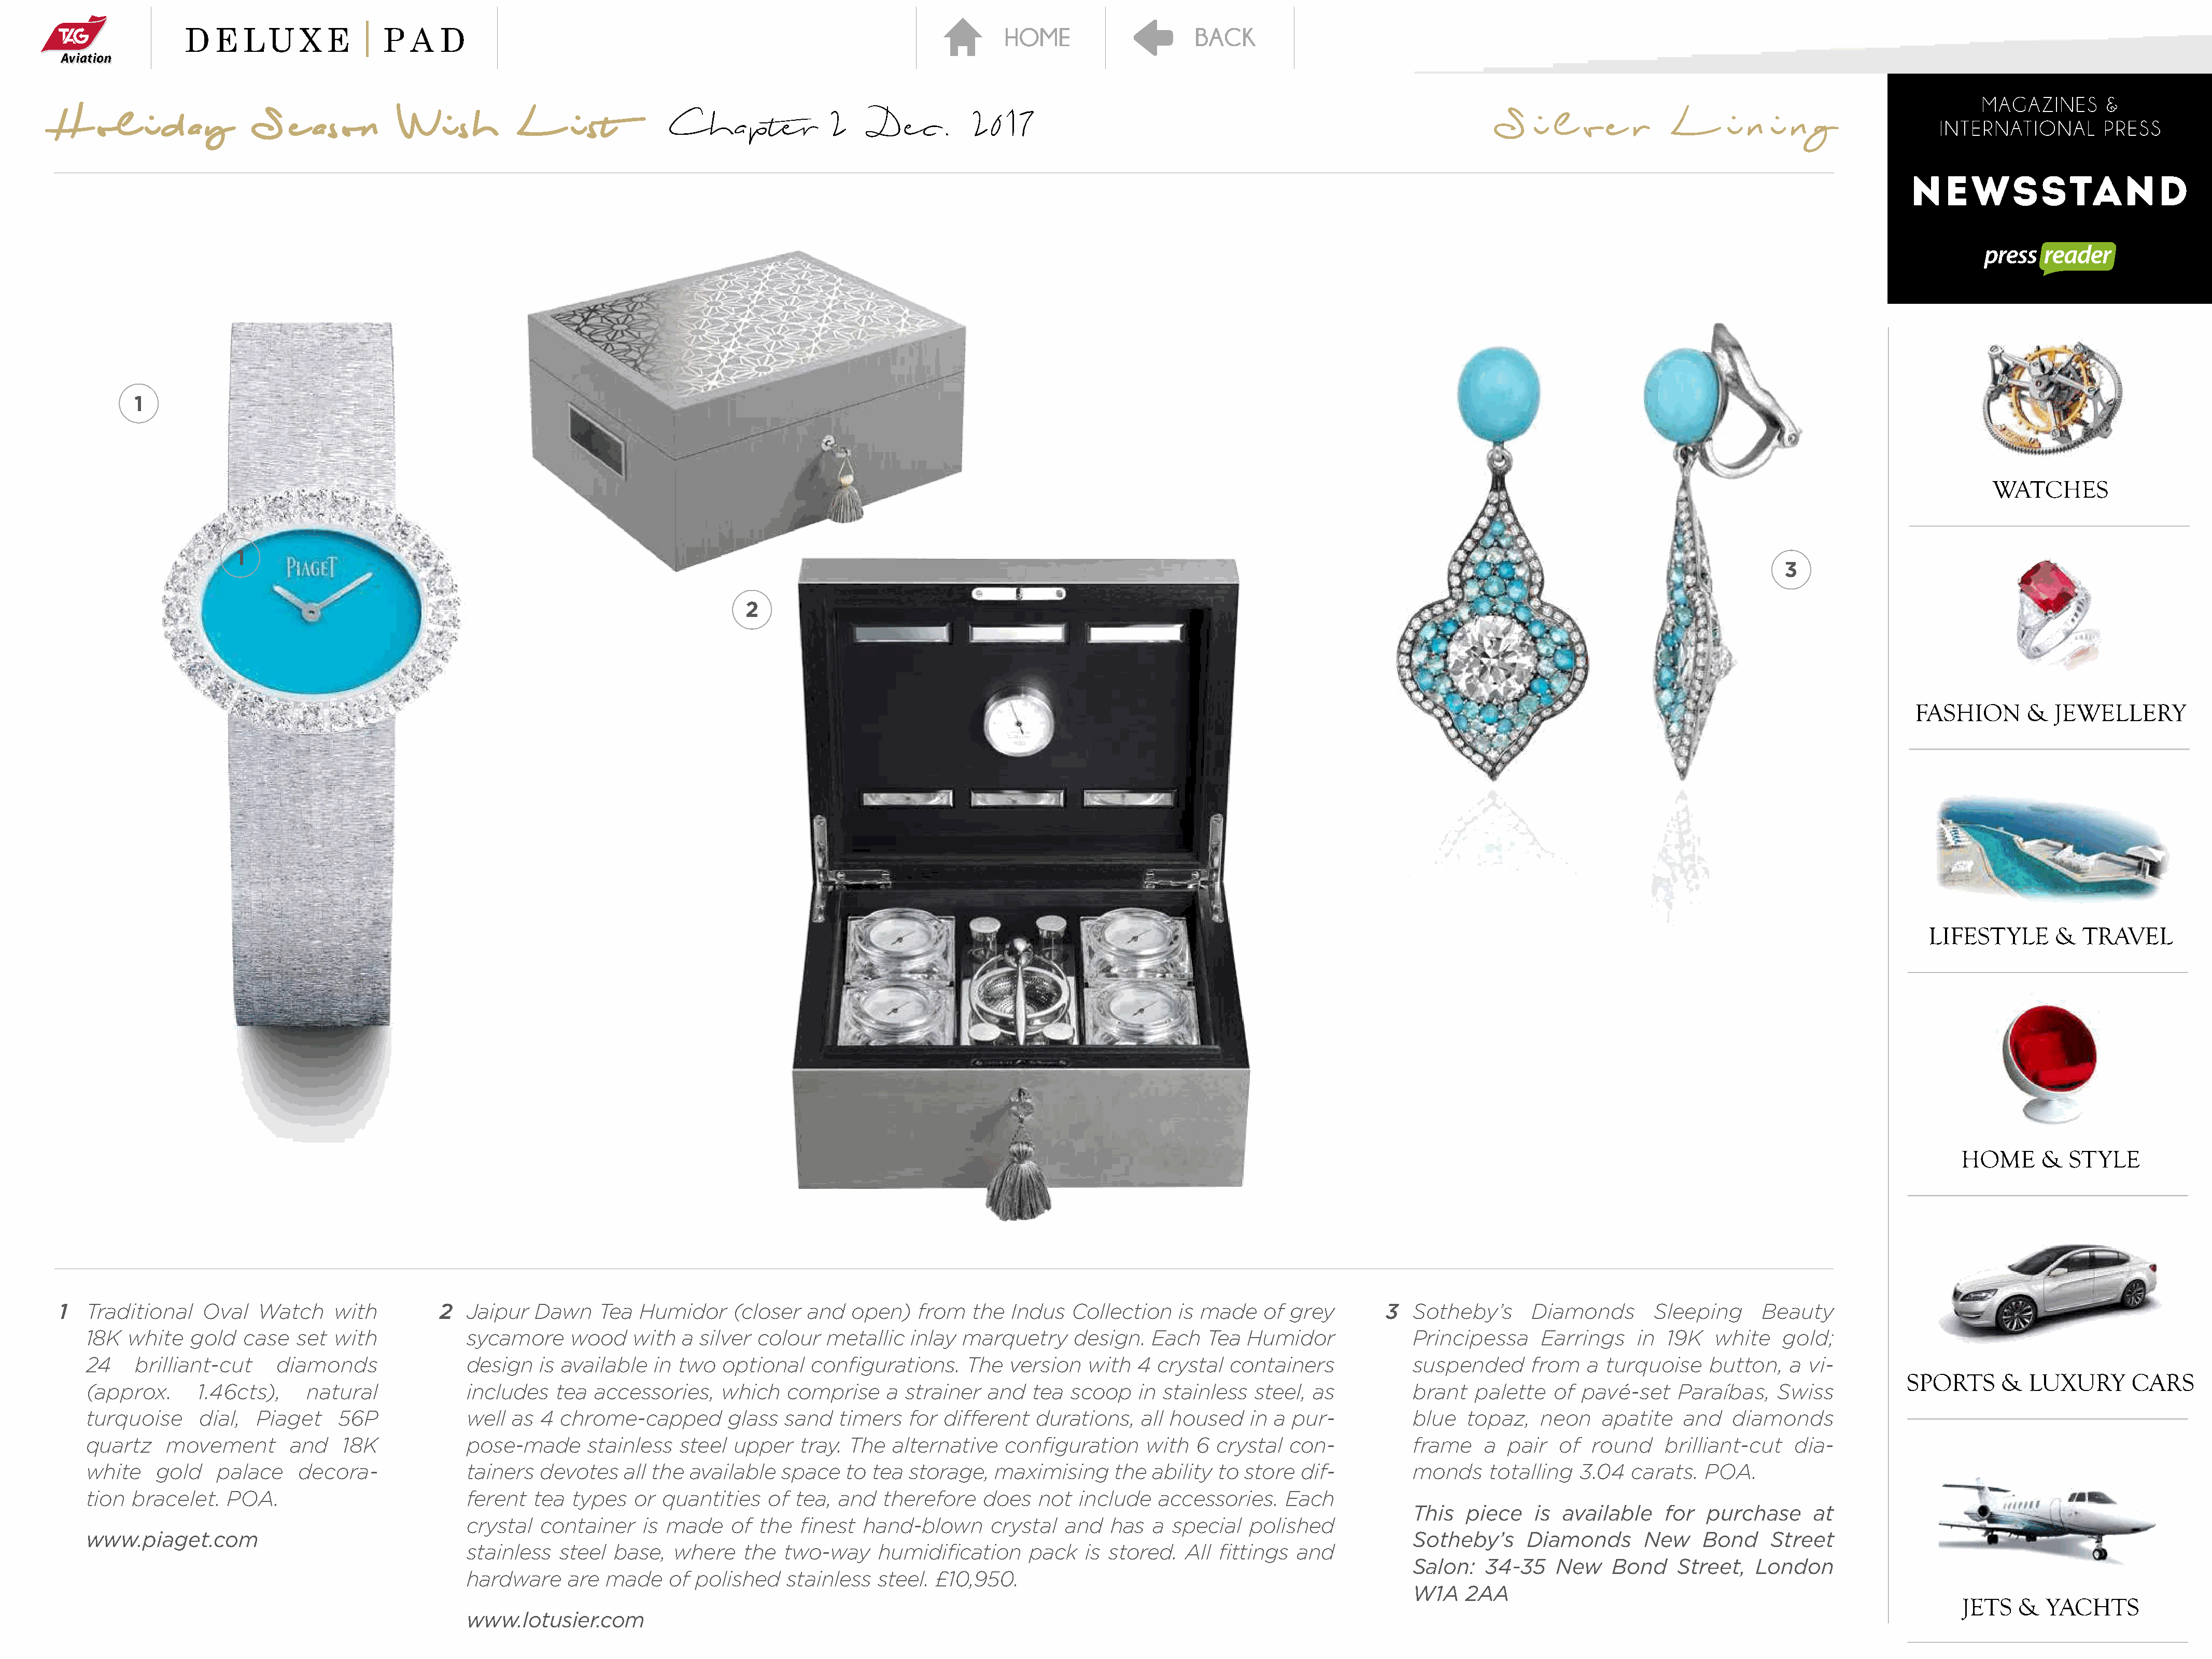
H    ol    i  d  a y     S    e  ason       Wi      sh     L      i st        Chapter              2     Dec.        2017                                                               S    i l   v  e  r    L      i  n  i n   g
 1
 1
 3
 2
 1  Traditional    Oval   Watch     with         2   Jaipur  Dawn    Tea   Humidor     (closer  and   open)   from   the  Indus   Collection    is made   of  grey        3  Sotheby’s       Diamonds       Sleeping      Beauty
 18K  white   gold   case   set  with             sycamore     wood    with  a silver  colour   metallic  inlay  marquetry     design.   Each   Tea  Humidor              Principessa      Earrings    in  19K   white    gold;
 24    brilliant-cut     diamonds                 design   is available   in two  optional    configurations.    The   version   with  4  crystal  containers             suspended       from   a turquoise    button,    a vi-
 (approx.      1.46cts),     natural              includes   tea  accessories,    which    comprise    a  strainer  and   tea  scoop   in  stainless  steel,  as          brant   palette   of  pavé-set    Paraíbas,    Swiss
 turquoise     dial,   Piaget    56P              well as  4  chrome-capped        glass  sand   timers   for  different  durations,    all housed    in a pur-           blue   topaz,    neon    apatite   and   diamonds
 quartz    movement        and    18K             pose-made      stainless   steel  upper   tray. The   alternative   configuration     with   6 crystal   con-           frame     a  pair  of  round     brilliant-cut   dia-
 white    gold    palace    decora-               tainers  devotes    all the available   space   to tea  storage,   maximising     the  ability  to store  dif-          monds     totalling   3.04  carats.   POA.
 tion  bracelet.   POA.                           ferent  tea  types   or  quantities   of  tea, and   therefore    does   not  include   accessories.    Each
 This   piece    is  available    for  purchase      at
 crystal  container    is made    of  the  finest  hand-blown       crystal  and   has  a  special   polished
 www.piaget.com                                                                                                                                                           Sotheby’s      Diamonds       New    Bond     Street
 stainless  steel  base,   where    the  two-way     humidification     pack    is stored.  All  fittings  and
 Salon:    34-35    New    Bond    Street,   London
 hardware    are  made    of  polished   stainless   steel. £10,950.
 W1A    2AA
 www.lotusier.com